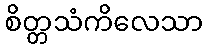
စိတ္တသံကိလေသာ